Vital statistics of India. Vol. IV, Annual returns from 1871 to 1876. British Army of India, Native Army and jails of Bengal
Year: 1871
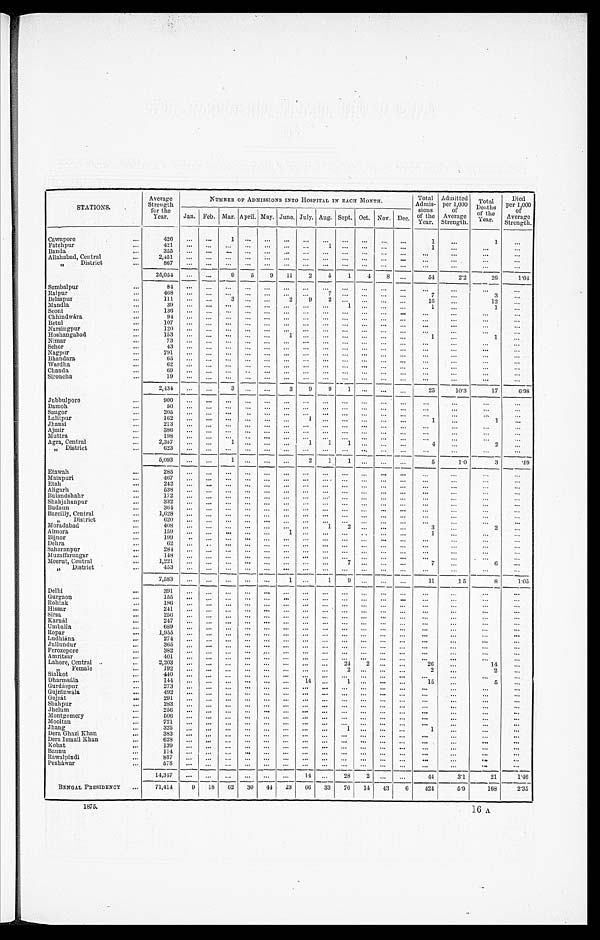
STATIONS.
Aver age St r engt h f or t he Year .
NUMBER OF ADMISSIONS INTO HOSPITAL IN EACH MONTH.
To t a l Ad mi s s i o n s o f t h e Ye a r . Admi t t e d pe r 1, 000 of Ave r a ge St r e ngt h. Tot a l De a t hs of t he Ye a r .
D i e d p e r 1 , 0 0 0 o f A v e r a g e S t r e n g t h .
Jan. Feb. Mar. April. May. June. July. Aug. Sept. Oct. Nov. Dec.
Cawnpor e
...
426
...
...
1
. . .
. . .
...
. . .
...
. . .
. . .
...
. . .
1
. . .
1
. . .
Fatchpur
...
421
. . . ...
. . .
. . .
. . .
. . .
. . .
1
. . .
. . .
...
. . .
1
...
...
...
Banda
...
355
. . .
...
. . .
. . .
. . .
. . .
. . .
. . .
. . .
. . .
. . .
. . .
. . .
. . .
. . .
. . .
Allahabad, Central
. . .
2,451
. . .
...
. . .
. . .
. . .
. . .
. . .
. . .
. . .
. . .
. . .
. . .
. . .
. . .
. . .
...
,, District
...
867
. . .
...
. . .
. . .
. . . ...
. . .
. . .
. . .
. . .
. . .
. . .
. . .
. . .
. . .
. . .
25,054
. . .
...
9
5
9
11
2
5
1
4
8 ...
54
2 . 2
2 6
1 . 0 4
Sambalpur
. . .
84
. . .
...
. . .
. . .
. . .
. . .
. . .
. . .
. . .
. . .
. . .
. . .
. . .
. . .
. . .
. . .
Raipur
...
4 6 8
. . . ...
. . .
. . .
. . .
. . .
. . . 7
. . .
. . . ...
. . .
7 ...
3
...
Belaspur
...
111
...
...
3
. . .
. . .
2
9 2
. . .
. . . ...
...
16
...
12
...
Mandla
. . .
3 9
. . . ...
. . .
. . .
. . .
. . .
. . . ...
1
. . . ...
. . .
1
...
1
. . .
Seoni
. . .
136
. . . ...
. . .
. . .
. . .
. . .
. . . ...
. . .
. . . ...
. . .
. . . ...
. . .
. . .
Chhindwára
. . .
9 4
. . . ...
. . .
. . .
. . .
. . .
. . . ...
. . .
. . .
. . .
. . .
. . .
. . .
. . .
. . .
Betul
. . .
107
. . . ...
. . .
. . .
. . .
. . .
. . . ...
. . .
. . . ...
. . .
. . .
. . .
. . .
. . .
Narsingpur
. . .
120
. . .
...
. . . . . .
. . .
. . .
. . .
. . .
. . .
. . . ...
. . .
. . . ...
. . .
. . .
Hoshangabad
...
153
. . . ...
. . .
. . .
. . .
1
. . .
. . .
. . .
. . .
. . .
. . .
1
...
1
...
Nimar
. . .
7 3
. . . ...
. . .
. . .
. . .
. . .
. . . ...
. . .
. . . ...
. . .
. . .
. . .
. . .
...
Sehor
. . .
4 3
. . . ...
. . .
. . .
. . .
. . .
. . . ...
. . .
. . . ...
. . .
. . .
. . .
. . .
. . .
Nagpur
. . .
7 9 1
. . . ...
. . .
. . .
. . .
. . .
. . . ...
. . .
. . . ...
. . .
. . .
. . .
. . .
. . .
Bhandara
. . .
6 5
. . . ...
. . .
. . .
. . .
. . .
. . . ...
. . .
. . . ...
. . .
. . .
. . .
. . .
...
Wardha
. . . 62
. . . ...
. . . . . .
. . .
. . .
. . . ...
. . .
. . .
. . .
. . .
. . .
. . .
. . .
. . .
Chanda
...
69
. . .
...
. . .
. .
. . .
. . .
. . .
. . .
. . .
. . .
. . .
. . .
. . .
. . .
. . .
. . .
Sironcha
. . .
19
. . . ...
. . .
. . .
. . . ...
. . .
. . .
. . .
. . .
. . .
. . .
. . .
. . .
. . .
. . .
2,434
. . .
...
3
. . .
. . .
3
9
9
1 ...
...
...
25
1 0 . 3
1 7
6 . 9 8
Jubbulpore
. . .
9 0 0
. . . ...
. . .
. . .
. . .
. . .
. . .
. . .
. . .
. . . ...
. . .
. . .
. . .
. . .
. . .
Damoh
. . .
50
. . .
...
. . .
. . .
. . .
. . .
. . .
. . .
. . . . . .
. . .
. . .
. . .
. . .
. . .
. . .
Saugor
...
205
. . .
...
. . .
. .
. . .
. . .
. . .
. . .
. . .
. . .
. . .
. . .
. . .
. . .
. . .
...
Lalitpur
...
162
. . . ...
. . .
. . .
. . . ...
1 ...
. . .
. . . ...
. . .
1 ...
1
...
Jhansi
. . .
213
. . .
...
. . .
. . .
. . . ...
. . . ...
. . .
. . . ...
. . .
. . .
. . .
. . .
...
Aj mir
...
386
. . . ...
. . .
. . .
. . . ...
. . .
. . .
. . .
. . .
. . .
. . .
. . .
. . .
. . .
. . .
Muttra
...
198
. . . ...
. . .
. .
. . . ...
. . . ...
. . .
. . . ...
. . .
. . .
. . .
. . .
...
Agra, Central
...
2,357
...
...
1 ...
. . .
. . .
1
1
1
. . . ...
. . .
4
...
2
. . .
„ District
...
6 2 3
. . . ...
. . .
. . .
. . .
. . .
. . .
. . .
. . .
. . .
. . .
. . .
. . .
. . .
. . .
. . .
5,093
. . .
...
1
. . .
. . . ...
2
1
1 ... ...
...
5
1.0
3
.59
Etawah
...
2 8 5
. . . ...
. . .
. . .
. . . ...
. . .
. . .
. . .
. . .
. . .
. . .
. . .
. . .
. . .
. . .
Mainpuri
. . .
4 6 7
. . . ...
. . .
. . .
. . . ...
. . .
. . . .
. . .
. . . ...
. . .
. . .
. . .
. . .
. . .
Etah
. . .
242
. . . ...
. . .
. . .
. . . ...
. . .
. . .
. . .
. . . ...
. . .
. . .
. . .
. . .
. . .
Aligarh
. . .
5 3 8
. . . ...
. . .
. . .
. . . ...
. . .
. . .
. . .
. . . ...
. . .
. . .
. . .
. . .
. . .
Bulandshahr
...
172
. . . ...
. . .
. . .
. . .
. . .
. . .
...
. . .
. . .
. . .
. . .
. . . ...
. . .
...
Shahjahanpur
. . .
3 3 2
. . . ...
. . .
. . .
. . . ...
. . . ...
. . .
. . . ...
. . .
. . .
. . .
. . .
. . .
Budanun
. . .
364
. . . ...
. . .
. . .
. . .
. . .
. . .
. . .
. . .
. . .
. . .
. . .
. . .
. . .
. . .
...
Bareilly, Central
. . .
1,628
. . . ...
. . .
. . .
. . . ...
. . .
. . .
. . .
. . .
. . .
. . .
. . .
. . .
. . .
. . .
„
District
...
620
. . . ...
. . .
. . .
. . .
. . .
. . .
. . .
. . .
. . .
. . .
. . .
. . .
. . .
. . .
. . .
Moradabad
. . .
408
. . .
...
. . .
. . .
. . .
. . .
. . .
1
2
. . .
. . .
. . .
3 ...
2
...
Almora
. . .
159
. . . ...
. . .
. . .
. . . 1
. . .
. . .
. . .
. .
. . .
. . .
1
. . .
. . .
. . .
Bijnor
...
199
. .
...
. . .
. . .
. . .
. . .
. . .
. . .
. . .
. . .
. . .
. . .
. . .
. . .
. . .
. . .
Dehra
. . .
62
. . .
. .
. . .
. . .
. . .
. . .
. . .
. . .
. . .
. . .
. . .
. . .
. . .
. . .
. . .
. . .
Saharanpur
...
2 8 4
. . . ...
. . .
. . .
. . . ...
. . . ...
. . .
. . . ...
. . .
. . .
. . .
. . .
. . .
Muzaffarnagar
. . .
148
. . .
...
. . .
. . .
. . . ...
. . . ...
. . .
. . .
. . .
. . .
. . . ...
. . .
. . .
Meerut, Central
... 1,221
. . . ...
. . .
. . .
. . . ...
. . . ...
7
. . . ...
. . .
7
...
6
. . .
,, District
... 453
. . . ...
. . .
. . .
. . . ...
. . . ...
. . .
. . . ...
. . .
. . .
. . .
. . .
. . .
7,583
. . . ...
. . .
. . .
. . .
1
. . .
1
9
. . . ...
. . .
1 1
1.5
8
1 . 0 5
Delhi
. . .
3 9 1
. . . ...
. . .
. . .
. . .
. . .
. . .
. . .
. . .
. . . ...
. . .
. . .
. . .
. . .
. . .
Gurgaon
. . .
155
. . . ...
. . .
. . .
. . .
. . .
. . .
. . .
. . .
. . .
. . .
. . .
. . .
. . .
. . .
...
Rohtak
. . .
1 8 6
. . . ...
. . .
. . .
. . . ...
. . . ...
. . .
. . . ...
. . .
. . .
. . .
. . .
. . .
Hissar
...
241
. . .
...
. . .
. . .
. . .
. . .
. . .
. . .
. . .
. . .
. . .
. . .
. . .
. . .
. . .
. . .
Sirsa
. . .
256
. . . ...
. . .
. . .
. . . ...
. . . ...
. . .
. . .
. . .
. . .
. . .
. . .
. . .
...
Karnál
. . .
247
. . . ...
. . .
. . .
. . .
. . .
. . .
. . .
. . .
. . .
. . .
. . .
. . . ...
. . .
. .
Umballa
. . .
6 8 9
. . .
...
. . .
. . .
. . .
. . .
. . .
. . .
. . .
. . .
. . .
. . .
. . .
. . .
. . .
. . .
Ropar
. . .
1,955
. . . ...
. . .
. . .
. . . ...
. . . ...
. . .
. . .
. . .
. . .
. . .
. . .
. . .
. . .
Ludhiána
. . .
2 7 4
. . . ...
. . .
. . .
. . . ...
. . . ...
. . .
. . . ...
. . .
. . .
. . .
. . .
...
Jullundur
. . .
3 6 5
. . . ...
. . .
. . .
. . . ...
. . . ...
. . .
. . . ...
. . .
. . . ...
. . .
. . .
Ferozepore
... 382
. . . ...
. . .
. . .
. . . ...
. . . ...
. . .
. . . ...
. . .
. . .
. . .
. . .
. . .
Amritsar
. . .
4 0 1
. . . ...
. . .
. . .
. . . ...
. . . ...
. . .
. . . ...
. . .
. . .
. . .
. . .
. . .
Lahore, Central ..
. . .
2,203
. . . ...
. . .
. . .
. . . ...
. . . ...
24
2
. . .
. . .
2 6 ...
14
...
, , F e m a l e
. . .
192
. . . ...
. . .
. . .
. . .
. . .
. . .
. . .
2
. . .
...
. . .
2
. . .
2
...
S i a l k o t
...
4 4 0
. . .
. . .
. . .
. . .
. . .
. . .
. . .
. . .
. . .
. . .
. . .
. . .
. . .
. . .
. . .
. . .
Dharmsála
... 144
. . .
. . .
. . .
. . .
. . . ...
14 ...
1
. . .
...
...
15
...
5
...
Gurdáspur
...
273
. . .
. . .
. . .
. . .
. . .
. . .
. . .
. . .
. . .
. . .
. . .
. . .
. . .
. . .
. . .
. . .
Gujránwála
...492
. . .
. . .
. . .
. . .
. . . ...
. . . ...
. . .
. . . ...
. . .
. . . ...
. . .
. . .
Gujrát
...
291
. . .
. . .
. . .
. . .
. . . ...
. . . ...
. . .
. . . ...
. . .
. . .
. . .
. . .
. . .
Shahpur
...
283
. . .
. . .
. . .
. . .
. . . ...
. . . ...
. . .
. . . ...
. . .
. . .
. . .
. . .
...
Jhelum
. . .
256
. . .
. . .
. . .
. . . . . .
. . .
. . .
. . .
. . .
. . .
. . .
. . .
. . . ...
. . .
. . .
Montgomery
. . .
506
. . .
. . .
. . .
. . .
. . . ...
. . .
. . .
. . .
. . .
. . .
. . .
. . .
. . .
. . .
. . .
Mooltan
...
721
. . .
. . .
. . .
. . .
. . .
. . .
. . .
. . .
. . .
. . .
. . .
. . .
. . .
. . .
. . .
. . .
Jhang
...
325
. . .
. . .
. . .
. . .
. . .
. . .
. . .
. . .
1
. . .
...
...
1 ...
. . .
...
Dera Ghazi Khan
...
383
. . .
. . .
. . .
. . .
. . .
. . .
. . .
. . .
. . .
. . .
. . .
. . .
. . .
. . .
. . .
. . .
Dera Ismail Khan
. . .
628
. . .
. . .
. . .
. . .
. . .
. . .
. . .
. . .
. . .
. . .
. . .
. . .
. . . ...
. . .
. . .
Kohat
...
139
. . .
. . .
. . .
. . .
. . .
. . .
. . .
. . .
. . .
. . . ...
. . .
. . .
. . .
. . .
...
Bannu
... 114
. . .
. . .
. . .
. . .
. . .
. . .
. . .
. . .
. . .
. . . ...
. . .
. . . ...
. . .
. . .
Rawalpindi
. . .
8 3 7
. . .
. . .
. . .
. . .
. . .
. . .
. . .
. . .
. . .
. . . ...
. . .
. . .
. . .
. . .
. . .
Pesháwar
. . .
5 7 8
...
. . .
. . .
. . .
. . .
. . .
. . .
. . .
. . .
. . .
...
. . .
. . .
. . .
. . .
. . .
1 4 , 3 4 7
. . .
. . .
. . .
. . .
. . .
. . .
1 4
. . .
2 8
2
. . .
. . .
4 4
3.1
2 1
1 . 4 6
BENGAL PRESIDENCY
...
71,414
9
1 8
6 2
3 0
4 4
2 3
6 6
3 3
7 6
14
43
6
424
5 . 9
1 6 8
2 . 3 5
1875.
16 A